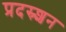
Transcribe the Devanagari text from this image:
प्रदस्र्शन